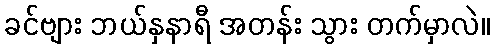
ခင်ဗျား ဘယ်နှနာရီ အတန်း သွား တက်မှာလဲ။